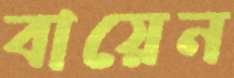
বায়েন